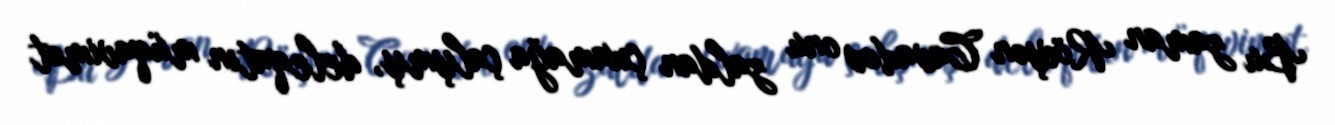
Bu zaman Rövşən Cavadov onu zaldan çıxamağa çalışmış, deleqatın müqavimət